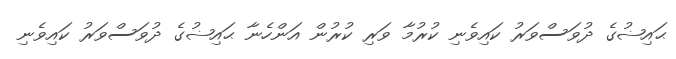
ޙައިޟުގެ ދުވަސްވަރު ކައިވެނި ކުރުމާ ވަރި ކުރުން އަންހެނާ ޙައިޟުގެ ދުވަސްވަރު ކައިވެނި